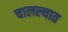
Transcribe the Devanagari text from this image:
चालल्यात